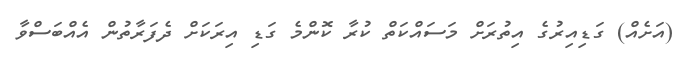
(އަށެއް) ގަޑިއިރުގެ އިތުރަށް މަސައްކަތް ކުރާ ކޮންމެ ގަޑި އިރަކަށް ދެފަރާތުން އެއްބަސްވާ